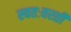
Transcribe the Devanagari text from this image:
स्वतःवरती